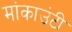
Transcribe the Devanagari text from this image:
मांकाउंटी